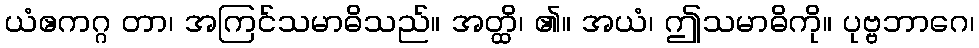
ယံဧကဂ္ဂ တာ၊ အကြင်သမာဓိသည်။ အတ္ထိ၊ ၏။ အယံ၊ ဤသမာဓိကို။ ပုဗ္ဗဘာဂေ၊